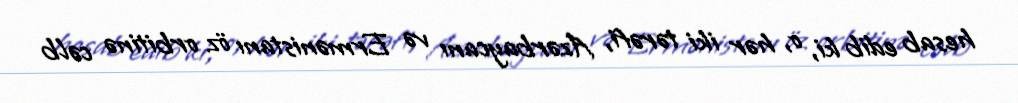
hesab edib ki, o, hər iki tərəfi, Azərbaycanı və Ermənistanı öz orbitinə cəlb